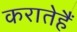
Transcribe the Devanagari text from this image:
करातेहैं